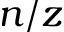
n / z